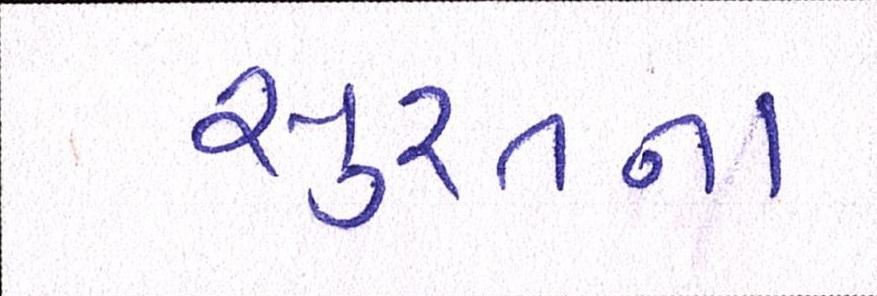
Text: સુરતના